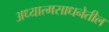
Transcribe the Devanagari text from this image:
अध्यात्मसाधनेतील